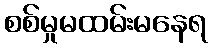
စစ်မှုမထမ်းမနေရ